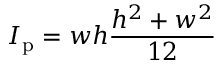
I _ { \mathrm { p } } = w h \frac { h ^ { 2 } + w ^ { 2 } } { 1 2 }